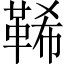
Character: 𩊽